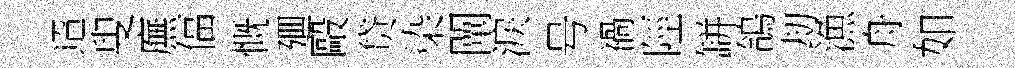
迢叟廡偪慨廽毆贷染闡淚号禍陘缾鴿刧漁舟如